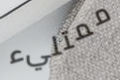
ممتليء